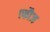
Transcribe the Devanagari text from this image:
।फौज